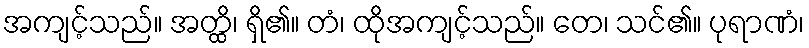
အကျင့်သည်။ အတ္ထိ၊ ရှိ၏။ တံ၊ ထိုအကျင့်သည်။ တေ၊ သင်၏။ ပုရာဏံ၊